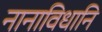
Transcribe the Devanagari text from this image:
नानाविधानि